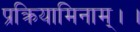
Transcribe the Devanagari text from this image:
प्रक्रियामिनाम्।।